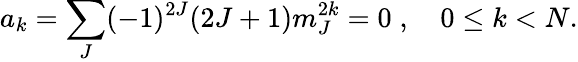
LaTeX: a_{k}=\sum_{J}(-1)^{2J}(2J+1)m_{J}^{2k}=0\; ,\quad 0\leq k<N.